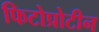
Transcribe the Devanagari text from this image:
फिटोप्रोटीन